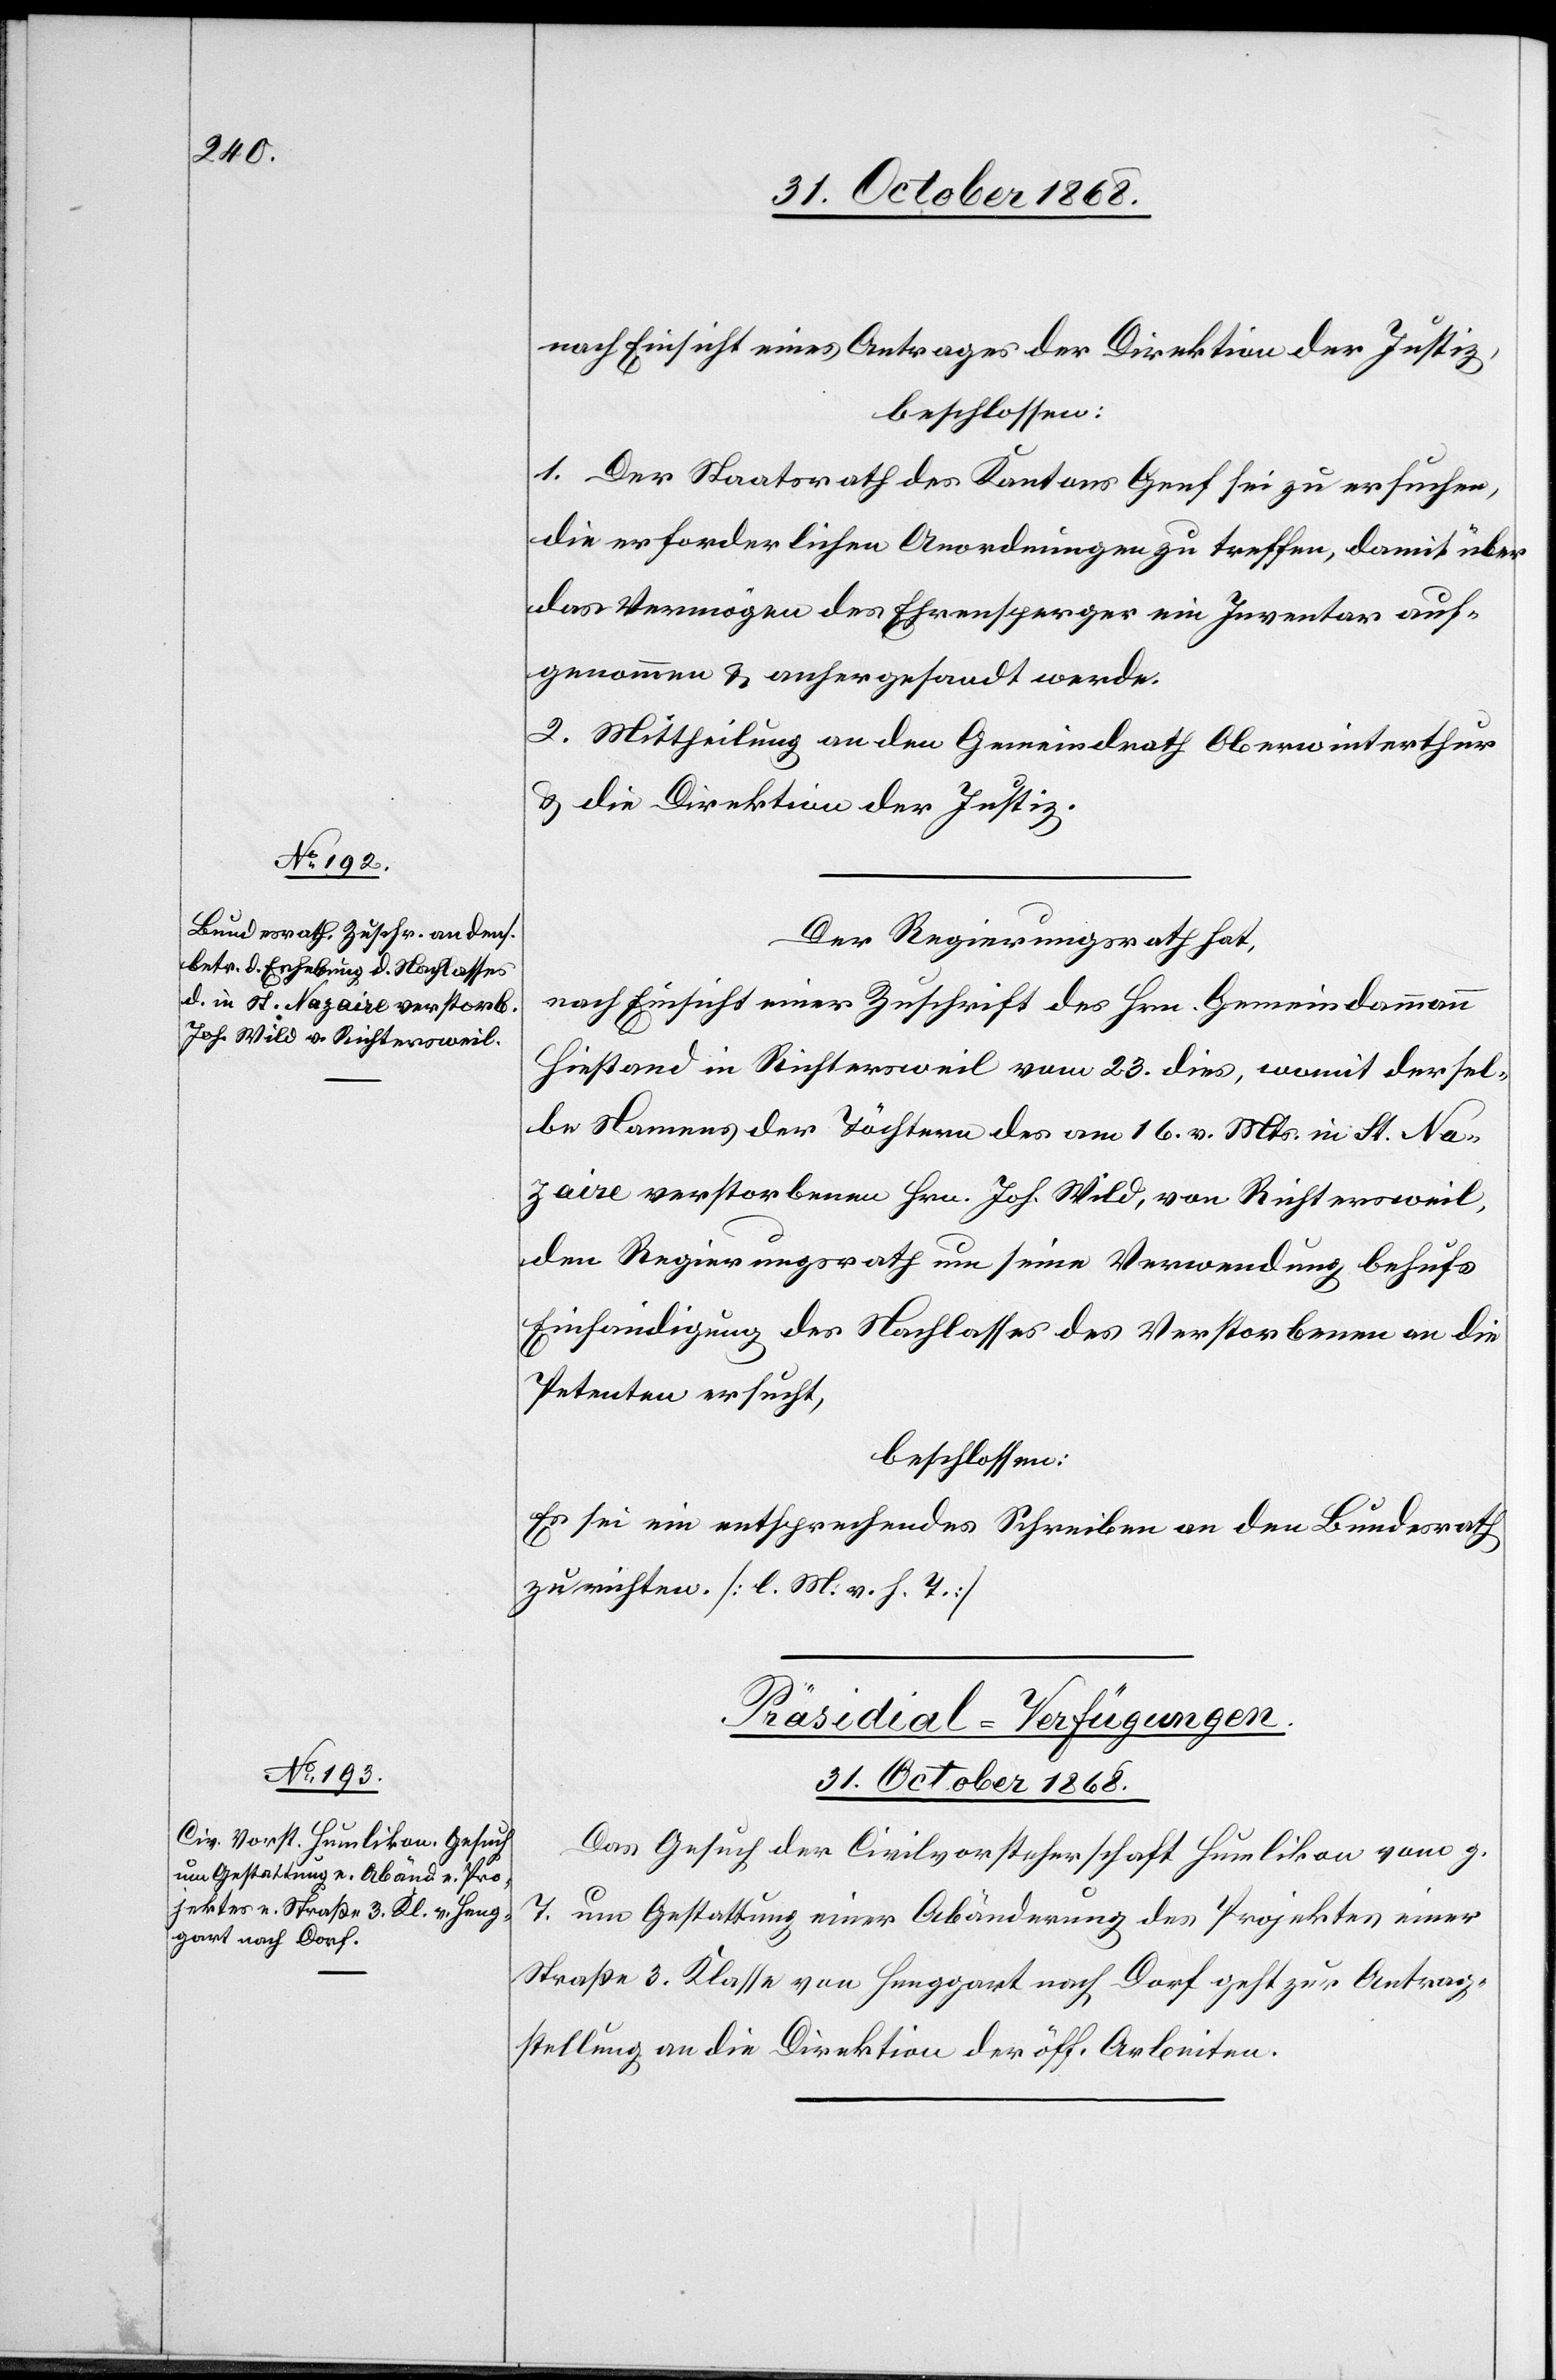
nach Einsicht eines Antrages der Direktion der Justiz,
beschlossen:
1. Der Staatsrath des Kantons Genf sei zu ersuchen,
die erforderlichen Anordnungen zu treffen, damit über
das Vermögen des Ehrensperger [sic!] ein Inventar auf¬
genommen & anhergesandt werde.
2. Mittheilung an den Gemeindrath Oberwinterthur
& die Direktion der Justiz.
Der Regierungsrath hat,
nach Einsicht einer Zuschrift des Hrn. Gemeindammann
Hiestand in Richtersweil vom 23. dies, womit dersel¬
be Namens der Töchtern des am 16. v. Mts. in St. Na¬
zaire verstorbenen Hrn. Joh. Wild, von Richtersweil,
den Regierungsrath um seine Verwendung behufs
Einhändigung des Nachlasses des Verstorbenen an die
Petenten ersucht,
beschlossen:
Es sei ein entsprechendes Schreiben an den Bundesrath
zu richten. [l. M. v. h. T.]
Präsidial-Verfügungen.
31. October 1868.
Das Gesuch der Civilvorsteherschaft Humlikon vom g.
T. um Gestattung einer Abänderung des Projektes einer
Straße 3. Klasse von Henggart nach Dorf geht zur Antrag¬
stellung an die Direktion der öff. Arbeiten.